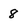
Character: 8